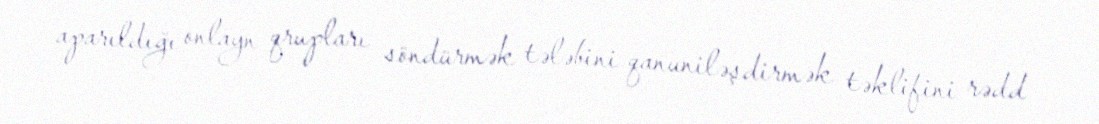
aparıldığı onlayn qrupları söndürmək tələbini qanuniləşdirmək təklifini rədd